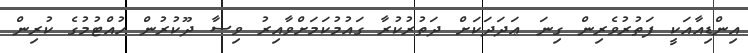
އިންޑިއާއަކީ ފަތުރުވެރިން ގިނަ ޢަދަދަކަށް ދަތުރުކުރާ ގައުމުކަމަށްވާއިރު ވިސާ ދޫކުރުން ހުއްޓުމުގެ ކުރިން